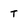
Character: T